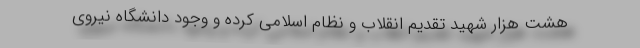
هشت هزار شهید تقدیم انقلاب و نظام اسلامی کرده و وجود دانشگاه نیروی